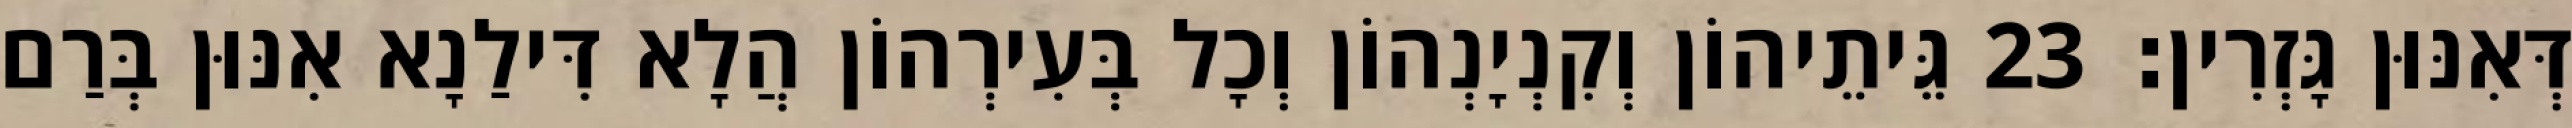
דְּאִנּוּן גָּזְרִין׃ 23 גֵּיתֵיהוֹן וְקִנְיָנְהוֹן וְכָל בְּעִירְהוֹן הֲלָא דִּילַנָא אִנּוּן בְּרַם